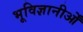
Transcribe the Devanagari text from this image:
भूविज्ञानीओँ